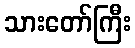
သားတော်ကြီး